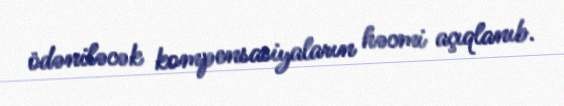
ödəniləcək kompensasiyaların həcmi açıqlanıb.